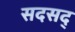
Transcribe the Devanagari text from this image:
सदसद्